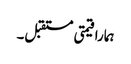
ہمارا قیمتی مستقبل۔